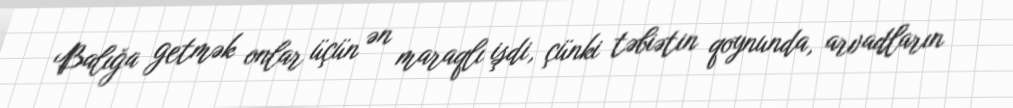
Balığa getmək onlar üçün ən maraqlı işdi, çünki təbiətin qoynunda, arvadların